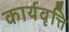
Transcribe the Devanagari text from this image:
कार्यवृत्ति